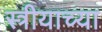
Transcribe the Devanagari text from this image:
स्त्रीयाच्या